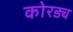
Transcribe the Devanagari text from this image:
कोरड्य